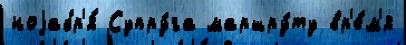
ноjабр'я́ Супру́га маршру́ту вр'е́м'я